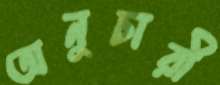
অনুচারী